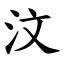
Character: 汶